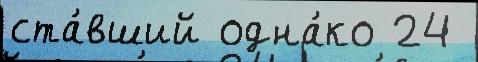
ста́вший одна́ко 24